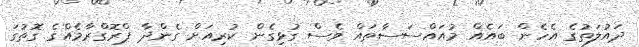
ދައުލަތުގެ އެހެން ބައެއް މުއައްސަސާތައް ވެސް ގުޅިގެން ކުރިއަށް ގެންދާ ޕްރޮގްރާމެއްގެ ގޮތުގަ